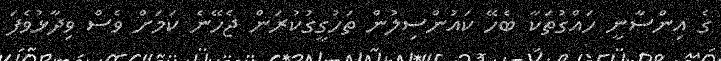
ގެ އިންސާނީ ހައްގުތަކާ ބެހޭ ކައުންސިލުން ތަހުގީގުކުރަން ޖެހޭނެ ކަމަށް ވެސް ވިދާޅުވެފަ